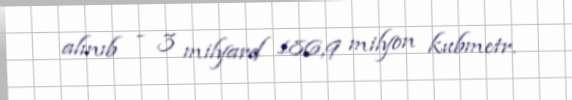
alınıb - 3 milyard 186,9 milyon kubmetr.